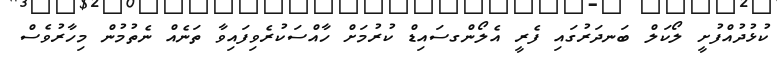
ކުޅުދުއްފުށީ ލޯކަލް ބަނދަރުގައި ފެރީ އެލޯންގސައިޑް ކުރުމަށް ހާއްސަކުރެވިފައިވާ ތަނެއް ނެތުމުން މިހާރުވެސް